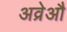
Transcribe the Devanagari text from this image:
अव्रेऔ